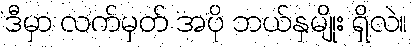
ဒီမှာ လက်မှတ် အပို ဘယ်နှမျိုး ရှိလဲ။